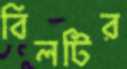
বিলটির